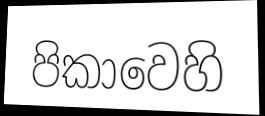
පිකාවෙහි